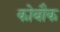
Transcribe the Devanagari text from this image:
कोबौक